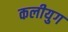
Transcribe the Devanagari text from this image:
कलीयुग